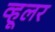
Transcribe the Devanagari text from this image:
व्हूलर